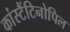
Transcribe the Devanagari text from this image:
कांस्टैंटिनोपिल